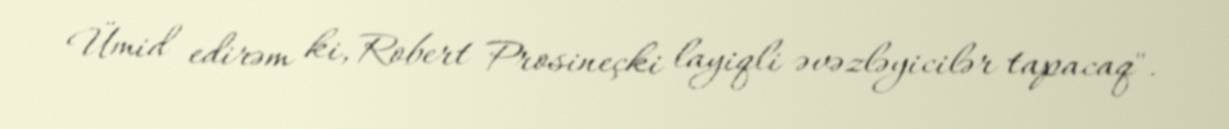
Ümid edirəm ki, Robert Prosineçki layiqli əvəzləyicilər tapacaq".